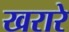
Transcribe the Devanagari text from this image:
खरारे